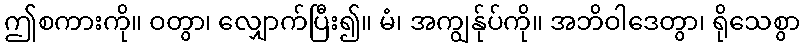
ဤစကားကို။ ဝတွာ၊ လျှောက်ပြီး၍။ မံ၊ အကျွန်ုပ်ကို။ အဘိဝါဒေတွာ၊ ရိုသေစွာ